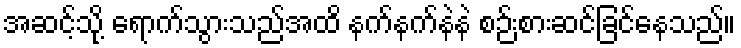
အဆင့်သို့ ရောက်သွားသည်အထိ နက်နက်နဲနဲ စဉ်းစားဆင်ခြင်နေသည်။